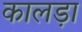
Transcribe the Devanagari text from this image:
कालड़ा